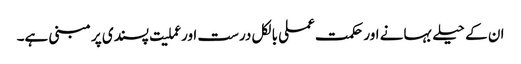
ان کے حیلے بہانے اور حکمت عملی بالکل درست اور عملیت پسندی پر مبنی ہے۔